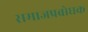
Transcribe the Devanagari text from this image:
समाजप्रबोधक